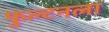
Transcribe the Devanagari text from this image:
फुल्टनला